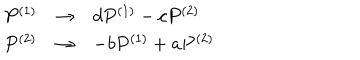
LaTeX: \begin{array} { r c l } { { P ^ { ( 1 ) } } } & { { \rightarrow } } & { { d P ^ { ( 1 ) } - c P ^ { ( 2 ) } } } \\ { { P ^ { ( 2 ) } } } & { { \rightarrow } } & { { - b P ^ { ( 1 ) } + a P ^ { ( 2 ) } } } \\ \end{array}